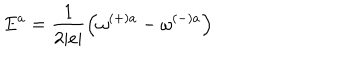
E ^ { a } = \frac { 1 } { 2 | e | } \left( \omega ^ { ( + ) a } - \omega ^ { ( - ) a } \right)